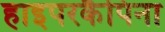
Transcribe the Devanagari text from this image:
हाइपरकैपिना